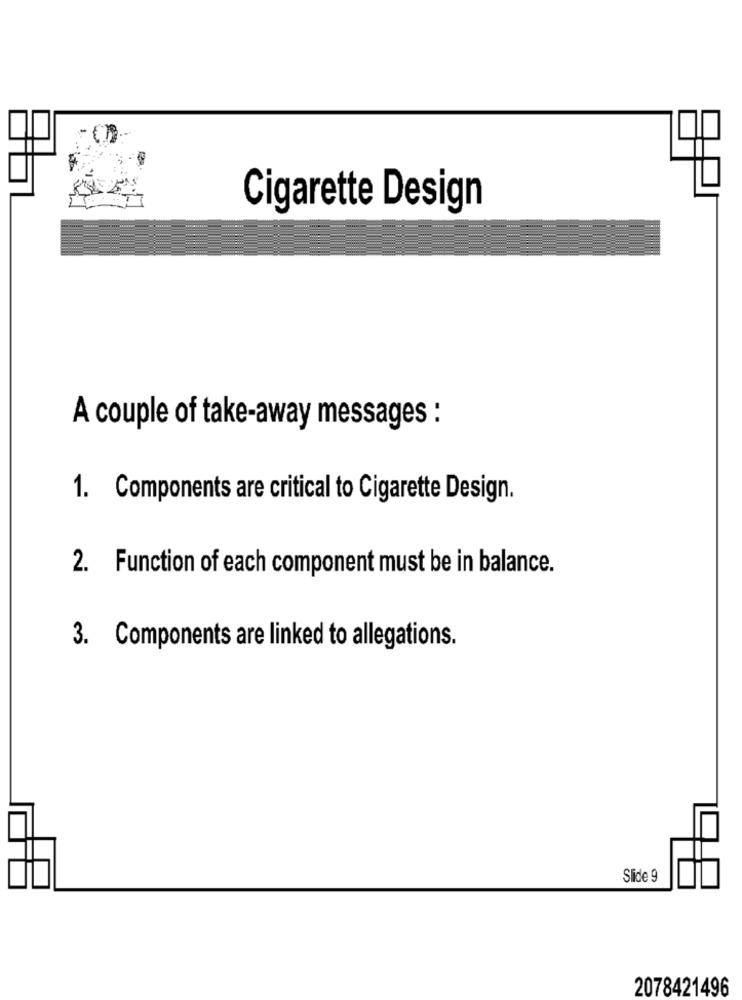
Cigarette Design
A couple of take-away messages :
1. Components are critical to Cigarette Design.
2. Function of each component must be in balance.
3. Components are linked to allegations.
Slide 9
2078421496